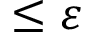
\le \varepsilon